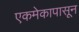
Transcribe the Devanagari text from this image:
एकमेकापासून